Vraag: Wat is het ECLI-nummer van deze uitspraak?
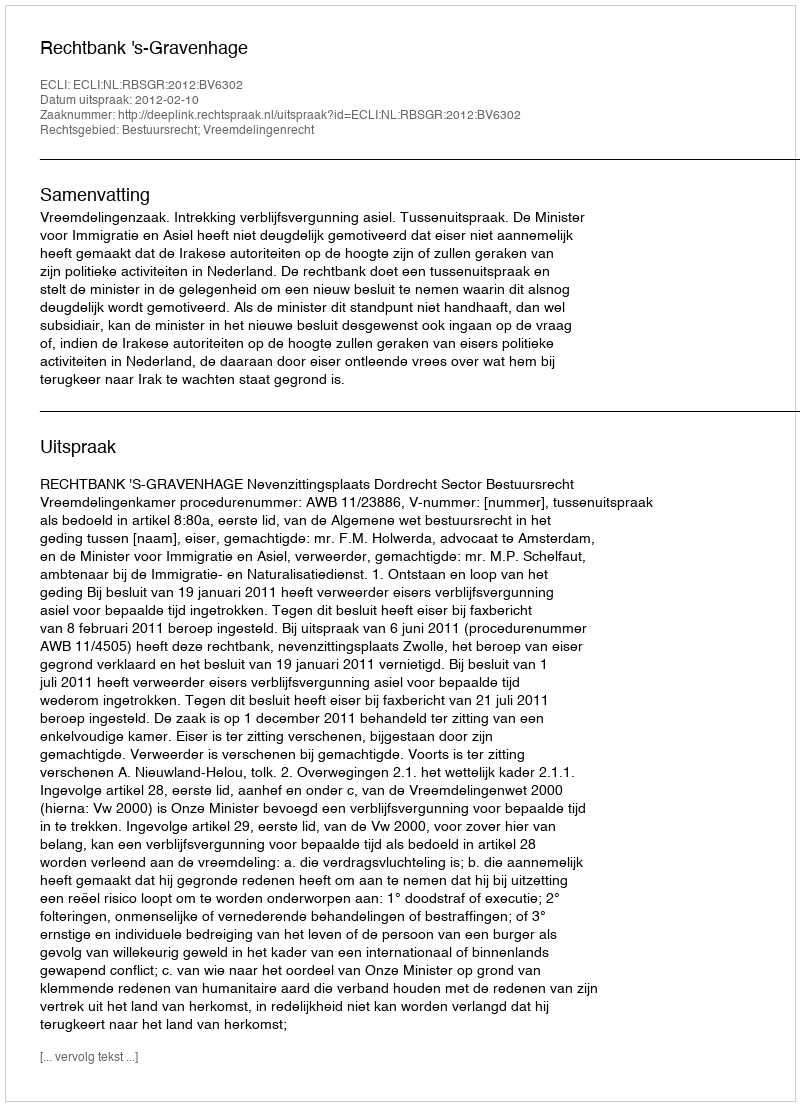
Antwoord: ECLI:NL:RBSGR:2012:BV6302